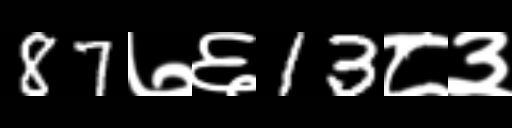
Text: 87७६13८३